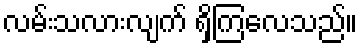
လမ်းသလားလျက် ရှိကြလေသည်။